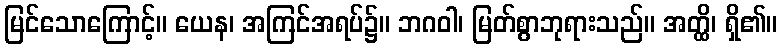
မြင်သောကြောင့်။ ယေန၊ အကြင်အရပ်၌။ ဘဂဝါ၊ မြတ်စွာဘုရားသည်။ အတ္ထိ၊ ရှိ၏။